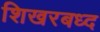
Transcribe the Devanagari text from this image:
शिखरबध्द